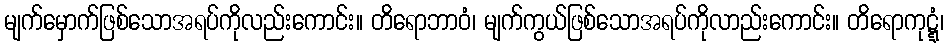
မျက်မှောက်ဖြစ်သောအရပ်ကိုလည်းကောင်း။ တိရောဘာဝံ၊ မျက်ကွယ်ဖြစ်သောအရပ်ကိုလာည်းကောင်း။ တိရောကုဋ္ဋံ၊